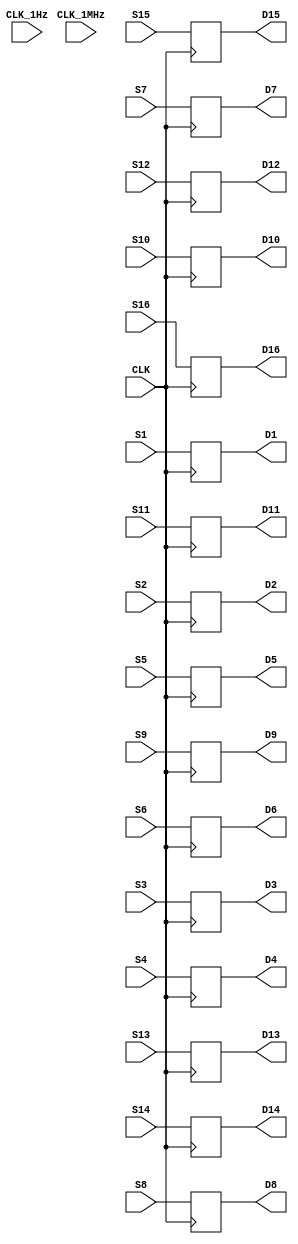
module IO16_VERILOG(
	input CLK,
	input CLK_1MHz,
	input CLK_1Hz,
	input S1,
	input S2,
	input S3,
	input S4,
	input S5,
	input S6,
	input S7,
	input S8,
	input S9,
	input S10,
	input S11,
	input S12,
	input S13,
	input S14,
	input S15,
	input S16,
	//
	output reg D1,
	output reg D2,
	output reg D3, 
	output reg D4,
	output reg D5,
	output reg D6,
	output reg D7, 
	output reg D8,
	output reg D9,
	output reg D10,
	output reg D11, 
	output reg D12,
	output reg D13,
	output reg D14,
	output reg D15, 
	output reg D16	
	);
	//
	initial
		begin
			D1 <= 0; D2 <= 0;  D3 <= 0;  D4 <= 0;  D5 <= 0;  D6 <= 0;  D7 <= 0;  D8 <= 0;
			D9 <= 0; D10 <= 0; D11 <= 0; D12 <= 0; D13 <= 0; D14 <= 0; D15 <= 0; D16 <= 0;
		end
	//
	always @(posedge CLK)
	begin
		D1 <= S1;
		D2 <= S2;
		D3 <= S3;
		D4 <= S4;
		D5 <= S5;
		D6 <= S6;
		D7 <= S7;
		D8 <= S8;
		D9 <= S9;
		D10 <= S10;
		D11 <= S11;
		D12 <= S12;
		D13 <= S13;
		D14 <= S14;
		D15 <= S15;
		D16 <= S16;		
	end
endmodule